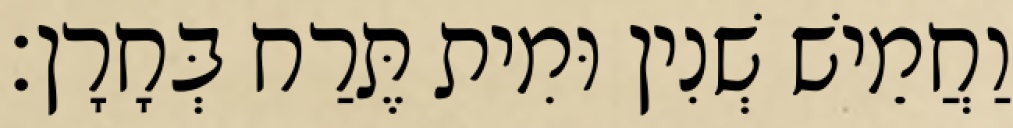
וַחֲמֵישׁ שְׁנִין וּמִית תֶּרַח בְּחָרָן׃